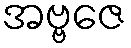
အဗ္ဗဇေ